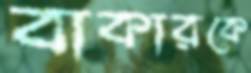
বাকারকে